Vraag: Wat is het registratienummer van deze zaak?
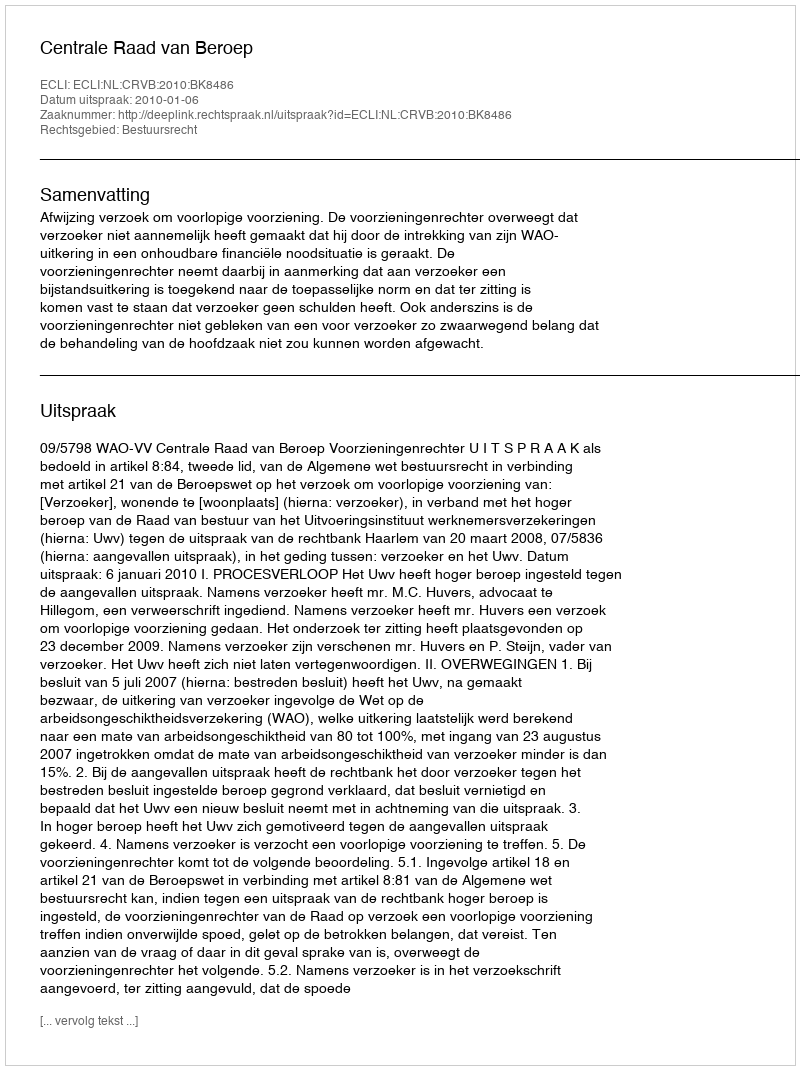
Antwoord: http://deeplink.rechtspraak.nl/uitspraak?id=ECLI:NL:CRVB:2010:BK8486